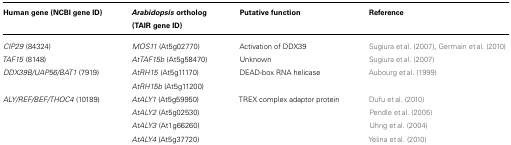
| Human gene (NCBI gene ID) | Arabidopsis ortholog (TAIR gene ID) | Putative function | Reference |
 | --- | --- | --- | --- |
 | CIP29 (84324) | MOS11 (At5g02770) | Activation of DDX39 | Sugiura et al. (2007), Germain et al. (2010) |
 | TAF15 (8148) | AtTAF15b (At5g58470) | Unknown | Sugiura et al. (2007) |
 | DDX39B/UAP56/BAT1 (7919) | AtRH15 (At5g11170) AtRH15b (At5g11200) | DEAD-box RNA helicase | Aubourg et al. (1999) |
 | ALY/REF/BEF/THOC4 (10189) | AtALY1 (At5g59950)AtALY2 (At5g02530)AtALY3 (At1g66260)AtALY4 (At5g37720) | TREX complex adaptor protein | Dufu et al. (2010)Pendle et al. (2005)Uhrig et al. (2004)Yelina et al. (2010) |